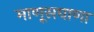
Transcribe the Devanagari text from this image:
माणूसघाणा